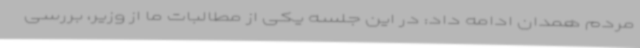
مردم همدان ادامه داد: در این جلسه یکی از مطالبات ما از وزیر، بررسی